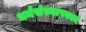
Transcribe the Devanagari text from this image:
धर्मसंस्थापकाने